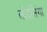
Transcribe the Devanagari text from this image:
लोईसिंगा